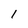
Character: 1